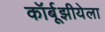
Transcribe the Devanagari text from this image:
कॉर्बूझीयेला